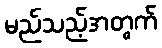
မည်သည့်အတွက်